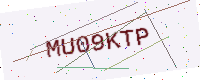
Text: MU09KTP